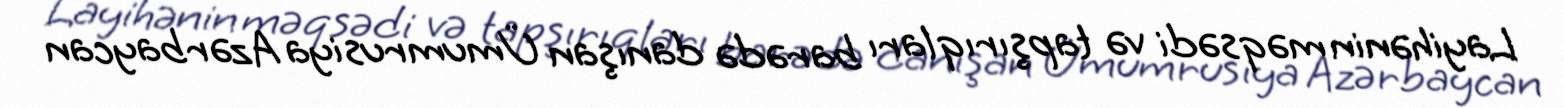
Layihənin məqsədi və tapşırıqları barədə danışan Ümumrusiya Azərbaycan